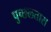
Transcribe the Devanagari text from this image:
पुच्छलतारा